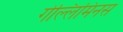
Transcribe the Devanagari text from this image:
गेल्‍लिमिनस